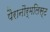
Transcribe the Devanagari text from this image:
पैरानौर्मलिस्ट